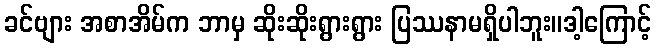
ခင်ဗျား အစာအိမ်က ဘာမှ ဆိုးဆိုးရွားရွား ပြဿနာမရှိပါဘူး။ဒါ့ကြောင့်